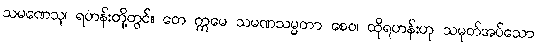
သမဏေသု၊ ရဟန်းတို့တွင်။ တေ ဣမေ သမဏသမ္မတာ စေဝ၊ ထိုရဟန်းဟု သမုတ်အပ်သော